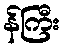
န်ကြီး